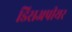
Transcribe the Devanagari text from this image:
डिसअपीयर